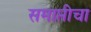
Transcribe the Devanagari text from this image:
समाप्तीचा